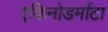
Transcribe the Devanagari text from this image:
एकिनोडर्माटा